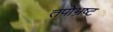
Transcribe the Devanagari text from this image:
तपोभ्रष्ट